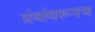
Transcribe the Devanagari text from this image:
ग्रंथांवरूनच